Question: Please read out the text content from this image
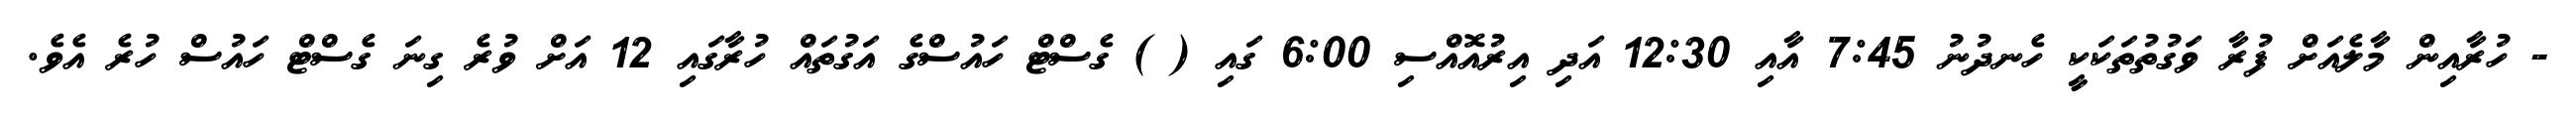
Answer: - ހުރާއިން މާލެއަށް ފުރާ ވަގުތުތަކަކީ ހެނދުނު 7:45 އާއި 12:30 އަދި އިރުއޮއްސި 6:00 ގައި ( ) ގެސްޓް ހައުސްގެ އަގުތައް ހުރާގައި 12 އަށް ވުރެ ގިނަ ގެސްޓް ހައުސް ހުރެ އެވެ.